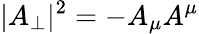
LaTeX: |A_{\perp}|^{2}=-A_{\mu}A^{\mu}